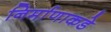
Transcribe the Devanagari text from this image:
निर्माणाकडे